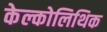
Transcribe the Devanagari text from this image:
केल्कोलिथिक